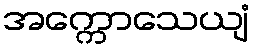
အက္ကောသေယျံ